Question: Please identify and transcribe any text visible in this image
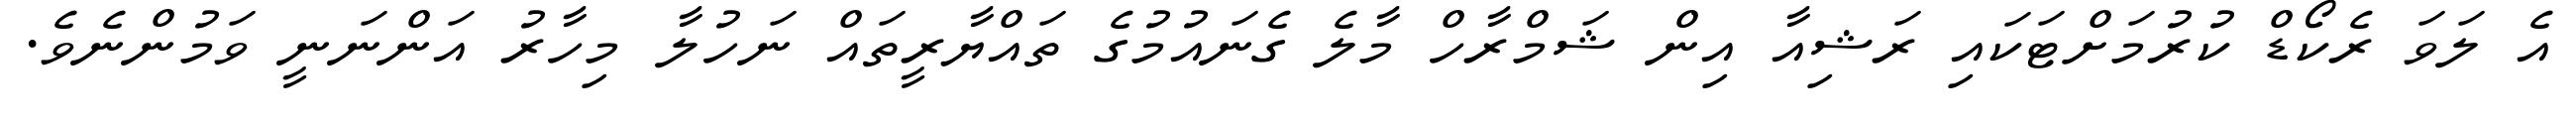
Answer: އެ ލަވަ ރެކޯޑް ކުރުމަށްޓަކައި ރަޝިއާ އިން ޝަމްރާހް މާލެ ގެނައުމުގެ ތައްޔާރީތައް ނަހުލާ މިހާރު އަންނަނީ ވަމުންނެވެ.